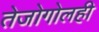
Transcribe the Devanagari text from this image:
तेजोगोलही